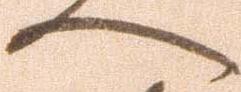
へ